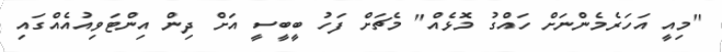
"މިއީ އަހަރެމެންނަށް ހައްގު މޮޅެއް" މެޗަށް ފަހު ބީބީސީ އަށް ދިން އިންޓަވިއުއެއްގައި